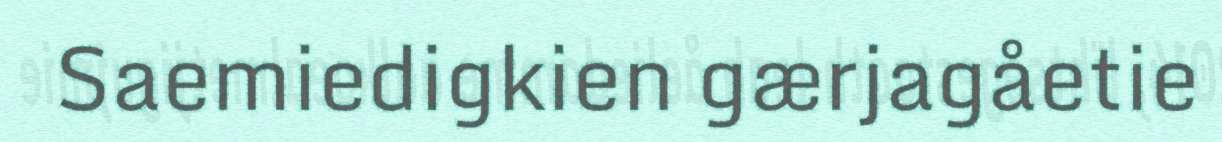
Saemiedigkien gærjagåetie